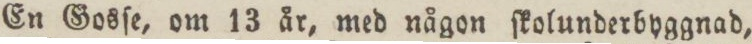
En Gosſe, om 13 år, med någon ſkolunderbyggnad,